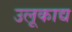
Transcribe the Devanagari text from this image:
उलूकाद्य